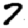
Digit: 7